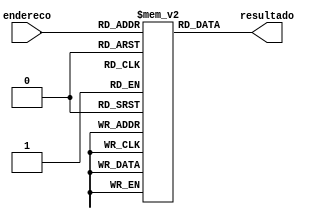
// memoria rom para multiplicacao de numeros de 5 bits e saida de 10

module rom (
    input [9:0] endereco,
    output [9:0] resultado
);

reg [9:0] rom [1023:0];
integer i, j;

initial begin
    rom[0] = 0;
    rom[1] = 0;
    rom[2] = 0;
    rom[3] = 0;
    rom[4] = 0;
    rom[5] = 0;
    rom[6] = 0;
    rom[7] = 0;
    rom[8] = 0;
    rom[9] = 0;
    rom[10] = 0;
    rom[11] = 0;
    rom[12] = 0;
    rom[13] = 0;
    rom[14] = 0;
    rom[15] = 0;
    rom[16] = 0;
    rom[17] = 0;
    rom[18] = 0;
    rom[19] = 0;
    rom[20] = 0;
    rom[21] = 0;
    rom[22] = 0;
    rom[23] = 0;
    rom[24] = 0;
    rom[25] = 0;
    rom[26] = 0;
    rom[27] = 0;
    rom[28] = 0;
    rom[29] = 0;
    rom[30] = 0;
    rom[31] = 0;
    rom[32] = 0;
    rom[33] = 1;
    rom[34] = 2;
    rom[35] = 3;
    rom[36] = 4;
    rom[37] = 5;
    rom[38] = 6;
    rom[39] = 7;
    rom[40] = 8;
    rom[41] = 9;
    rom[42] = 10;
    rom[43] = 11;
    rom[44] = 12;
    rom[45] = 13;
    rom[46] = 14;
    rom[47] = 15;
    rom[48] = 16;
    rom[49] = 17;
    rom[50] = 18;
    rom[51] = 19;
    rom[52] = 20;
    rom[53] = 21;
    rom[54] = 22;
    rom[55] = 23;
    rom[56] = 24;
    rom[57] = 25;
    rom[58] = 26;
    rom[59] = 27;
    rom[60] = 28;
    rom[61] = 29;
    rom[62] = 30;
    rom[63] = 31;
    rom[64] = 0;
    rom[65] = 2;
    rom[66] = 4;
    rom[67] = 6;
    rom[68] = 8;
    rom[69] = 10;
    rom[70] = 12;
    rom[71] = 14;
    rom[72] = 16;
    rom[73] = 18;
    rom[74] = 20;
    rom[75] = 22;
    rom[76] = 24;
    rom[77] = 26;
    rom[78] = 28;
    rom[79] = 30;
    rom[80] = 32;
    rom[81] = 34;
    rom[82] = 36;
    rom[83] = 38;
    rom[84] = 40;
    rom[85] = 42;
    rom[86] = 44;
    rom[87] = 46;
    rom[88] = 48;
    rom[89] = 50;
    rom[90] = 52;
    rom[91] = 54;
    rom[92] = 56;
    rom[93] = 58;
    rom[94] = 60;
    rom[95] = 62;
    rom[96] = 0;
    rom[97] = 3;
    rom[98] = 6;
    rom[99] = 9;
    rom[100] = 12;
    rom[101] = 15;
    rom[102] = 18;
    rom[103] = 21;
    rom[104] = 24;
    rom[105] = 27;
    rom[106] = 30;
    rom[107] = 33;
    rom[108] = 36;
    rom[109] = 39;
    rom[110] = 42;
    rom[111] = 45;
    rom[112] = 48;
    rom[113] = 51;
    rom[114] = 54;
    rom[115] = 57;
    rom[116] = 60;
    rom[117] = 63;
    rom[118] = 66;
    rom[119] = 69;
    rom[120] = 72;
    rom[121] = 75;
    rom[122] = 78;
    rom[123] = 81;
    rom[124] = 84;
    rom[125] = 87;
    rom[126] = 90;
    rom[127] = 93;
    rom[128] = 0;
    rom[129] = 4;
    rom[130] = 8;
    rom[131] = 12;
    rom[132] = 16;
    rom[133] = 20;
    rom[134] = 24;
    rom[135] = 28;
    rom[136] = 32;
    rom[137] = 36;
    rom[138] = 40;
    rom[139] = 44;
    rom[140] = 48;
    rom[141] = 52;
    rom[142] = 56;
    rom[143] = 60;
    rom[144] = 64;
    rom[145] = 68;
    rom[146] = 72;
    rom[147] = 76;
    rom[148] = 80;
    rom[149] = 84;
    rom[150] = 88;
    rom[151] = 92;
    rom[152] = 96;
    rom[153] = 100;
    rom[154] = 104;
    rom[155] = 108;
    rom[156] = 112;
    rom[157] = 116;
    rom[158] = 120;
    rom[159] = 124;
    rom[160] = 0;
    rom[161] = 5;
    rom[162] = 10;
    rom[163] = 15;
    rom[164] = 20;
    rom[165] = 25;
    rom[166] = 30;
    rom[167] = 35;
    rom[168] = 40;
    rom[169] = 45;
    rom[170] = 50;
    rom[171] = 55;
    rom[172] = 60;
    rom[173] = 65;
    rom[174] = 70;
    rom[175] = 75;
    rom[176] = 80;
    rom[177] = 85;
    rom[178] = 90;
    rom[179] = 95;
    rom[180] = 100;
    rom[181] = 105;
    rom[182] = 110;
    rom[183] = 115;
    rom[184] = 120;
    rom[185] = 125;
    rom[186] = 130;
    rom[187] = 135;
    rom[188] = 140;
    rom[189] = 145;
    rom[190] = 150;
    rom[191] = 155;
    rom[192] = 0;
    rom[193] = 6;
    rom[194] = 12;
    rom[195] = 18;
    rom[196] = 24;
    rom[197] = 30;
    rom[198] = 36;
    rom[199] = 42;
    rom[200] = 48;
    rom[201] = 54;
    rom[202] = 60;
    rom[203] = 66;
    rom[204] = 72;
    rom[205] = 78;
    rom[206] = 84;
    rom[207] = 90;
    rom[208] = 96;
    rom[209] = 102;
    rom[210] = 108;
    rom[211] = 114;
    rom[212] = 120;
    rom[213] = 126;
    rom[214] = 132;
    rom[215] = 138;
    rom[216] = 144;
    rom[217] = 150;
    rom[218] = 156;
    rom[219] = 162;
    rom[220] = 168;
    rom[221] = 174;
    rom[222] = 180;
    rom[223] = 186;
    rom[224] = 0;
    rom[225] = 7;
    rom[226] = 14;
    rom[227] = 21;
    rom[228] = 28;
    rom[229] = 35;
    rom[230] = 42;
    rom[231] = 49;
    rom[232] = 56;
    rom[233] = 63;
    rom[234] = 70;
    rom[235] = 77;
    rom[236] = 84;
    rom[237] = 91;
    rom[238] = 98;
    rom[239] = 105;
    rom[240] = 112;
    rom[241] = 119;
    rom[242] = 126;
    rom[243] = 133;
    rom[244] = 140;
    rom[245] = 147;
    rom[246] = 154;
    rom[247] = 161;
    rom[248] = 168;
    rom[249] = 175;
    rom[250] = 182;
    rom[251] = 189;
    rom[252] = 196;
    rom[253] = 203;
    rom[254] = 210;
    rom[255] = 217;
    rom[256] = 0;
    rom[257] = 8;
    rom[258] = 16;
    rom[259] = 24;
    rom[260] = 32;
    rom[261] = 40;
    rom[262] = 48;
    rom[263] = 56;
    rom[264] = 64;
    rom[265] = 72;
    rom[266] = 80;
    rom[267] = 88;
    rom[268] = 96;
    rom[269] = 104;
    rom[270] = 112;
    rom[271] = 120;
    rom[272] = 128;
    rom[273] = 136;
    rom[274] = 144;
    rom[275] = 152;
    rom[276] = 160;
    rom[277] = 168;
    rom[278] = 176;
    rom[279] = 184;
    rom[280] = 192;
    rom[281] = 200;
    rom[282] = 208;
    rom[283] = 216;
    rom[284] = 224;
    rom[285] = 232;
    rom[286] = 240;
    rom[287] = 248;
    rom[288] = 0;
    rom[289] = 9;
    rom[290] = 18;
    rom[291] = 27;
    rom[292] = 36;
    rom[293] = 45;
    rom[294] = 54;
    rom[295] = 63;
    rom[296] = 72;
    rom[297] = 81;
    rom[298] = 90;
    rom[299] = 99;
    rom[300] = 108;
    rom[301] = 117;
    rom[302] = 126;
    rom[303] = 135;
    rom[304] = 144;
    rom[305] = 153;
    rom[306] = 162;
    rom[307] = 171;
    rom[308] = 180;
    rom[309] = 189;
    rom[310] = 198;
    rom[311] = 207;
    rom[312] = 216;
    rom[313] = 225;
    rom[314] = 234;
    rom[315] = 243;
    rom[316] = 252;
    rom[317] = 261;
    rom[318] = 270;
    rom[319] = 279;
    rom[320] = 0;
    rom[321] = 10;
    rom[322] = 20;
    rom[323] = 30;
    rom[324] = 40;
    rom[325] = 50;
    rom[326] = 60;
    rom[327] = 70;
    rom[328] = 80;
    rom[329] = 90;
    rom[330] = 100;
    rom[331] = 110;
    rom[332] = 120;
    rom[333] = 130;
    rom[334] = 140;
    rom[335] = 150;
    rom[336] = 160;
    rom[337] = 170;
    rom[338] = 180;
    rom[339] = 190;
    rom[340] = 200;
    rom[341] = 210;
    rom[342] = 220;
    rom[343] = 230;
    rom[344] = 240;
    rom[345] = 250;
    rom[346] = 260;
    rom[347] = 270;
    rom[348] = 280;
    rom[349] = 290;
    rom[350] = 300;
    rom[351] = 310;
    rom[352] = 0;
    rom[353] = 11;
    rom[354] = 22;
    rom[355] = 33;
    rom[356] = 44;
    rom[357] = 55;
    rom[358] = 66;
    rom[359] = 77;
    rom[360] = 88;
    rom[361] = 99;
    rom[362] = 110;
    rom[363] = 121;
    rom[364] = 132;
    rom[365] = 143;
    rom[366] = 154;
    rom[367] = 165;
    rom[368] = 176;
    rom[369] = 187;
    rom[370] = 198;
    rom[371] = 209;
    rom[372] = 220;
    rom[373] = 231;
    rom[374] = 242;
    rom[375] = 253;
    rom[376] = 264;
    rom[377] = 275;
    rom[378] = 286;
    rom[379] = 297;
    rom[380] = 308;
    rom[381] = 319;
    rom[382] = 330;
    rom[383] = 341;
    rom[384] = 0;
    rom[385] = 12;
    rom[386] = 24;
    rom[387] = 36;
    rom[388] = 48;
    rom[389] = 60;
    rom[390] = 72;
    rom[391] = 84;
    rom[392] = 96;
    rom[393] = 108;
    rom[394] = 120;
    rom[395] = 132;
    rom[396] = 144;
    rom[397] = 156;
    rom[398] = 168;
    rom[399] = 180;
    rom[400] = 192;
    rom[401] = 204;
    rom[402] = 216;
    rom[403] = 228;
    rom[404] = 240;
    rom[405] = 252;
    rom[406] = 264;
    rom[407] = 276;
    rom[408] = 288;
    rom[409] = 300;
    rom[410] = 312;
    rom[411] = 324;
    rom[412] = 336;
    rom[413] = 348;
    rom[414] = 360;
    rom[415] = 372;
    rom[416] = 0;
    rom[417] = 13;
    rom[418] = 26;
    rom[419] = 39;
    rom[420] = 52;
    rom[421] = 65;
    rom[422] = 78;
    rom[423] = 91;
    rom[424] = 104;
    rom[425] = 117;
    rom[426] = 130;
    rom[427] = 143;
    rom[428] = 156;
    rom[429] = 169;
    rom[430] = 182;
    rom[431] = 195;
    rom[432] = 208;
    rom[433] = 221;
    rom[434] = 234;
    rom[435] = 247;
    rom[436] = 260;
    rom[437] = 273;
    rom[438] = 286;
    rom[439] = 299;
    rom[440] = 312;
    rom[441] = 325;
    rom[442] = 338;
    rom[443] = 351;
    rom[444] = 364;
    rom[445] = 377;
    rom[446] = 390;
    rom[447] = 403;
    rom[448] = 0;
    rom[449] = 14;
    rom[450] = 28;
    rom[451] = 42;
    rom[452] = 56;
    rom[453] = 70;
    rom[454] = 84;
    rom[455] = 98;
    rom[456] = 112;
    rom[457] = 126;
    rom[458] = 140;
    rom[459] = 154;
    rom[460] = 168;
    rom[461] = 182;
    rom[462] = 196;
    rom[463] = 210;
    rom[464] = 224;
    rom[465] = 238;
    rom[466] = 252;
    rom[467] = 266;
    rom[468] = 280;
    rom[469] = 294;
    rom[470] = 308;
    rom[471] = 322;
    rom[472] = 336;
    rom[473] = 350;
    rom[474] = 364;
    rom[475] = 378;
    rom[476] = 392;
    rom[477] = 406;
    rom[478] = 420;
    rom[479] = 434;
    rom[480] = 0;
    rom[481] = 15;
    rom[482] = 30;
    rom[483] = 45;
    rom[484] = 60;
    rom[485] = 75;
    rom[486] = 90;
    rom[487] = 105;
    rom[488] = 120;
    rom[489] = 135;
    rom[490] = 150;
    rom[491] = 165;
    rom[492] = 180;
    rom[493] = 195;
    rom[494] = 210;
    rom[495] = 225;
    rom[496] = 240;
    rom[497] = 255;
    rom[498] = 270;
    rom[499] = 285;
    rom[500] = 300;
    rom[501] = 315;
    rom[502] = 330;
    rom[503] = 345;
    rom[504] = 360;
    rom[505] = 375;
    rom[506] = 390;
    rom[507] = 405;
    rom[508] = 420;
    rom[509] = 435;
    rom[510] = 450;
    rom[511] = 465;
    rom[512] = 0;
    rom[513] = 16;
    rom[514] = 32;
    rom[515] = 48;
    rom[516] = 64;
    rom[517] = 80;
    rom[518] = 96;
    rom[519] = 112;
    rom[520] = 128;
    rom[521] = 144;
    rom[522] = 160;
    rom[523] = 176;
    rom[524] = 192;
    rom[525] = 208;
    rom[526] = 224;
    rom[527] = 240;
    rom[528] = 256;
    rom[529] = 272;
    rom[530] = 288;
    rom[531] = 304;
    rom[532] = 320;
    rom[533] = 336;
    rom[534] = 352;
    rom[535] = 368;
    rom[536] = 384;
    rom[537] = 400;
    rom[538] = 416;
    rom[539] = 432;
    rom[540] = 448;
    rom[541] = 464;
    rom[542] = 480;
    rom[543] = 496;
    rom[544] = 0;
    rom[545] = 17;
    rom[546] = 34;
    rom[547] = 51;
    rom[548] = 68;
    rom[549] = 85;
    rom[550] = 102;
    rom[551] = 119;
    rom[552] = 136;
    rom[553] = 153;
    rom[554] = 170;
    rom[555] = 187;
    rom[556] = 204;
    rom[557] = 221;
    rom[558] = 238;
    rom[559] = 255;
    rom[560] = 272;
    rom[561] = 289;
    rom[562] = 306;
    rom[563] = 323;
    rom[564] = 340;
    rom[565] = 357;
    rom[566] = 374;
    rom[567] = 391;
    rom[568] = 408;
    rom[569] = 425;
    rom[570] = 442;
    rom[571] = 459;
    rom[572] = 476;
    rom[573] = 493;
    rom[574] = 510;
    rom[575] = 527;
    rom[576] = 0;
    rom[577] = 18;
    rom[578] = 36;
    rom[579] = 54;
    rom[580] = 72;
    rom[581] = 90;
    rom[582] = 108;
    rom[583] = 126;
    rom[584] = 144;
    rom[585] = 162;
    rom[586] = 180;
    rom[587] = 198;
    rom[588] = 216;
    rom[589] = 234;
    rom[590] = 252;
    rom[591] = 270;
    rom[592] = 288;
    rom[593] = 306;
    rom[594] = 324;
    rom[595] = 342;
    rom[596] = 360;
    rom[597] = 378;
    rom[598] = 396;
    rom[599] = 414;
    rom[600] = 432;
    rom[601] = 450;
    rom[602] = 468;
    rom[603] = 486;
    rom[604] = 504;
    rom[605] = 522;
    rom[606] = 540;
    rom[607] = 558;
    rom[608] = 0;
    rom[609] = 19;
    rom[610] = 38;
    rom[611] = 57;
    rom[612] = 76;
    rom[613] = 95;
    rom[614] = 114;
    rom[615] = 133;
    rom[616] = 152;
    rom[617] = 171;
    rom[618] = 190;
    rom[619] = 209;
    rom[620] = 228;
    rom[621] = 247;
    rom[622] = 266;
    rom[623] = 285;
    rom[624] = 304;
    rom[625] = 323;
    rom[626] = 342;
    rom[627] = 361;
    rom[628] = 380;
    rom[629] = 399;
    rom[630] = 418;
    rom[631] = 437;
    rom[632] = 456;
    rom[633] = 475;
    rom[634] = 494;
    rom[635] = 513;
    rom[636] = 532;
    rom[637] = 551;
    rom[638] = 570;
    rom[639] = 589;
    rom[640] = 0;
    rom[641] = 20;
    rom[642] = 40;
    rom[643] = 60;
    rom[644] = 80;
    rom[645] = 100;
    rom[646] = 120;
    rom[647] = 140;
    rom[648] = 160;
    rom[649] = 180;
    rom[650] = 200;
    rom[651] = 220;
    rom[652] = 240;
    rom[653] = 260;
    rom[654] = 280;
    rom[655] = 300;
    rom[656] = 320;
    rom[657] = 340;
    rom[658] = 360;
    rom[659] = 380;
    rom[660] = 400;
    rom[661] = 420;
    rom[662] = 440;
    rom[663] = 460;
    rom[664] = 480;
    rom[665] = 500;
    rom[666] = 520;
    rom[667] = 540;
    rom[668] = 560;
    rom[669] = 580;
    rom[670] = 600;
    rom[671] = 620;
    rom[672] = 0;
    rom[673] = 21;
    rom[674] = 42;
    rom[675] = 63;
    rom[676] = 84;
    rom[677] = 105;
    rom[678] = 126;
    rom[679] = 147;
    rom[680] = 168;
    rom[681] = 189;
    rom[682] = 210;
    rom[683] = 231;
    rom[684] = 252;
    rom[685] = 273;
    rom[686] = 294;
    rom[687] = 315;
    rom[688] = 336;
    rom[689] = 357;
    rom[690] = 378;
    rom[691] = 399;
    rom[692] = 420;
    rom[693] = 441;
    rom[694] = 462;
    rom[695] = 483;
    rom[696] = 504;
    rom[697] = 525;
    rom[698] = 546;
    rom[699] = 567;
    rom[700] = 588;
    rom[701] = 609;
    rom[702] = 630;
    rom[703] = 651;
    rom[704] = 0;
    rom[705] = 22;
    rom[706] = 44;
    rom[707] = 66;
    rom[708] = 88;
    rom[709] = 110;
    rom[710] = 132;
    rom[711] = 154;
    rom[712] = 176;
    rom[713] = 198;
    rom[714] = 220;
    rom[715] = 242;
    rom[716] = 264;
    rom[717] = 286;
    rom[718] = 308;
    rom[719] = 330;
    rom[720] = 352;
    rom[721] = 374;
    rom[722] = 396;
    rom[723] = 418;
    rom[724] = 440;
    rom[725] = 462;
    rom[726] = 484;
    rom[727] = 506;
    rom[728] = 528;
    rom[729] = 550;
    rom[730] = 572;
    rom[731] = 594;
    rom[732] = 616;
    rom[733] = 638;
    rom[734] = 660;
    rom[735] = 682;
    rom[736] = 0;
    rom[737] = 23;
    rom[738] = 46;
    rom[739] = 69;
    rom[740] = 92;
    rom[741] = 115;
    rom[742] = 138;
    rom[743] = 161;
    rom[744] = 184;
    rom[745] = 207;
    rom[746] = 230;
    rom[747] = 253;
    rom[748] = 276;
    rom[749] = 299;
    rom[750] = 322;
    rom[751] = 345;
    rom[752] = 368;
    rom[753] = 391;
    rom[754] = 414;
    rom[755] = 437;
    rom[756] = 460;
    rom[757] = 483;
    rom[758] = 506;
    rom[759] = 529;
    rom[760] = 552;
    rom[761] = 575;
    rom[762] = 598;
    rom[763] = 621;
    rom[764] = 644;
    rom[765] = 667;
    rom[766] = 690;
    rom[767] = 713;
    rom[768] = 0;
    rom[769] = 24;
    rom[770] = 48;
    rom[771] = 72;
    rom[772] = 96;
    rom[773] = 120;
    rom[774] = 144;
    rom[775] = 168;
    rom[776] = 192;
    rom[777] = 216;
    rom[778] = 240;
    rom[779] = 264;
    rom[780] = 288;
    rom[781] = 312;
    rom[782] = 336;
    rom[783] = 360;
    rom[784] = 384;
    rom[785] = 408;
    rom[786] = 432;
    rom[787] = 456;
    rom[788] = 480;
    rom[789] = 504;
    rom[790] = 528;
    rom[791] = 552;
    rom[792] = 576;
    rom[793] = 600;
    rom[794] = 624;
    rom[795] = 648;
    rom[796] = 672;
    rom[797] = 696;
    rom[798] = 720;
    rom[799] = 744;
    rom[800] = 0;
    rom[801] = 25;
    rom[802] = 50;
    rom[803] = 75;
    rom[804] = 100;
    rom[805] = 125;
    rom[806] = 150;
    rom[807] = 175;
    rom[808] = 200;
    rom[809] = 225;
    rom[810] = 250;
    rom[811] = 275;
    rom[812] = 300;
    rom[813] = 325;
    rom[814] = 350;
    rom[815] = 375;
    rom[816] = 400;
    rom[817] = 425;
    rom[818] = 450;
    rom[819] = 475;
    rom[820] = 500;
    rom[821] = 525;
    rom[822] = 550;
    rom[823] = 575;
    rom[824] = 600;
    rom[825] = 625;
    rom[826] = 650;
    rom[827] = 675;
    rom[828] = 700;
    rom[829] = 725;
    rom[830] = 750;
    rom[831] = 775;
    rom[832] = 0;
    rom[833] = 26;
    rom[834] = 52;
    rom[835] = 78;
    rom[836] = 104;
    rom[837] = 130;
    rom[838] = 156;
    rom[839] = 182;
    rom[840] = 208;
    rom[841] = 234;
    rom[842] = 260;
    rom[843] = 286;
    rom[844] = 312;
    rom[845] = 338;
    rom[846] = 364;
    rom[847] = 390;
    rom[848] = 416;
    rom[849] = 442;
    rom[850] = 468;
    rom[851] = 494;
    rom[852] = 520;
    rom[853] = 546;
    rom[854] = 572;
    rom[855] = 598;
    rom[856] = 624;
    rom[857] = 650;
    rom[858] = 676;
    rom[859] = 702;
    rom[860] = 728;
    rom[861] = 754;
    rom[862] = 780;
    rom[863] = 806;
    rom[864] = 0;
    rom[865] = 27;
    rom[866] = 54;
    rom[867] = 81;
    rom[868] = 108;
    rom[869] = 135;
    rom[870] = 162;
    rom[871] = 189;
    rom[872] = 216;
    rom[873] = 243;
    rom[874] = 270;
    rom[875] = 297;
    rom[876] = 324;
    rom[877] = 351;
    rom[878] = 378;
    rom[879] = 405;
    rom[880] = 432;
    rom[881] = 459;
    rom[882] = 486;
    rom[883] = 513;
    rom[884] = 540;
    rom[885] = 567;
    rom[886] = 594;
    rom[887] = 621;
    rom[888] = 648;
    rom[889] = 675;
    rom[890] = 702;
    rom[891] = 729;
    rom[892] = 756;
    rom[893] = 783;
    rom[894] = 810;
    rom[895] = 837;
    rom[896] = 0;
    rom[897] = 28;
    rom[898] = 56;
    rom[899] = 84;
    rom[900] = 112;
    rom[901] = 140;
    rom[902] = 168;
    rom[903] = 196;
    rom[904] = 224;
    rom[905] = 252;
    rom[906] = 280;
    rom[907] = 308;
    rom[908] = 336;
    rom[909] = 364;
    rom[910] = 392;
    rom[911] = 420;
    rom[912] = 448;
    rom[913] = 476;
    rom[914] = 504;
    rom[915] = 532;
    rom[916] = 560;
    rom[917] = 588;
    rom[918] = 616;
    rom[919] = 644;
    rom[920] = 672;
    rom[921] = 700;
    rom[922] = 728;
    rom[923] = 756;
    rom[924] = 784;
    rom[925] = 812;
    rom[926] = 840;
    rom[927] = 868;
    rom[928] = 0;
    rom[929] = 29;
    rom[930] = 58;
    rom[931] = 87;
    rom[932] = 116;
    rom[933] = 145;
    rom[934] = 174;
    rom[935] = 203;
    rom[936] = 232;
    rom[937] = 261;
    rom[938] = 290;
    rom[939] = 319;
    rom[940] = 348;
    rom[941] = 377;
    rom[942] = 406;
    rom[943] = 435;
    rom[944] = 464;
    rom[945] = 493;
    rom[946] = 522;
    rom[947] = 551;
    rom[948] = 580;
    rom[949] = 609;
    rom[950] = 638;
    rom[951] = 667;
    rom[952] = 696;
    rom[953] = 725;
    rom[954] = 754;
    rom[955] = 783;
    rom[956] = 812;
    rom[957] = 841;
    rom[958] = 870;
    rom[959] = 899;
    rom[960] = 0;
    rom[961] = 30;
    rom[962] = 60;
    rom[963] = 90;
    rom[964] = 120;
    rom[965] = 150;
    rom[966] = 180;
    rom[967] = 210;
    rom[968] = 240;
    rom[969] = 270;
    rom[970] = 300;
    rom[971] = 330;
    rom[972] = 360;
    rom[973] = 390;
    rom[974] = 420;
    rom[975] = 450;
    rom[976] = 480;
    rom[977] = 510;
    rom[978] = 540;
    rom[979] = 570;
    rom[980] = 600;
    rom[981] = 630;
    rom[982] = 660;
    rom[983] = 690;
    rom[984] = 720;
    rom[985] = 750;
    rom[986] = 780;
    rom[987] = 810;
    rom[988] = 840;
    rom[989] = 870;
    rom[990] = 900;
    rom[991] = 930;
    rom[992] = 0;
    rom[993] = 31;
    rom[994] = 62;
    rom[995] = 93;
    rom[996] = 124;
    rom[997] = 155;
    rom[998] = 186;
    rom[999] = 217;
    rom[1000] = 248;
    rom[1001] = 279;
    rom[1002] = 310;
    rom[1003] = 341;
    rom[1004] = 372;
    rom[1005] = 403;
    rom[1006] = 434;
    rom[1007] = 465;
    rom[1008] = 496;
    rom[1009] = 527;
    rom[1010] = 558;
    rom[1011] = 589;
    rom[1012] = 620;
    rom[1013] = 651;
    rom[1014] = 682;
    rom[1015] = 713;
    rom[1016] = 744;
    rom[1017] = 775;
    rom[1018] = 806;
    rom[1019] = 837;
    rom[1020] = 868;
    rom[1021] = 899;
    rom[1022] = 930;
    rom[1023] = 961;
end

assign resultado = rom[endereco];
    
endmodule